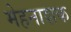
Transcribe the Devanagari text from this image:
मेहनाशक